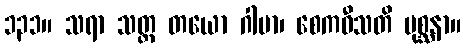
၁၃၁။ သရာ သတ္တ တယော ဂါမာ၊ စေကဝီသတိ မုစ္ဆနာ။